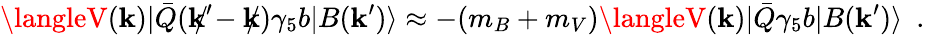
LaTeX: \langleV(\mathbf{k})|\bar{{Q}}(\mathbf{k}^{\prime}\! \! \! \! /-\mathbf{k}\! \! \! /)\gamma_{5}b|B(\mathbf{k}^{\prime})\rangle\approx-(m_{B}+m_{V})\langleV(\mathbf{k})|\bar{{Q}}\gamma_{5}b|B(\mathbf{k}^{\prime})\rangle\, \, \, .